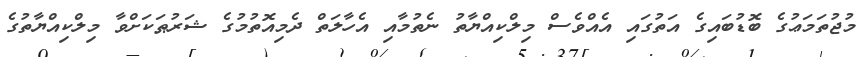
މުޖުތަމަޢުގެ ބޮޑުބައިގެ އަތުގައި އެއްވެސް މިލްކިއްޔާތު ނެތުމާއި އެހާލަތް ދެމިއޮތުމުގެ ޝަރުޠަކަށްވާ މިލްކިއްޔާތުގެ